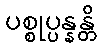
ပစ္စုပ္ပန္နန္တိ